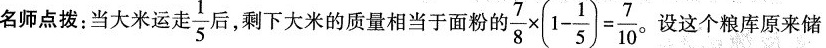
名师点拨：当大米运走 \frac{1}{5} 后，剩下大米的质量相当于面粉 的 $$\frac{ 7 } { 8 } \times ( 1 - \frac{ 1 } { 5 } )= \frac { 7 } { 1 0 }$$ 。设这个粮库原来储